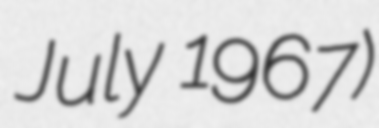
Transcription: July 1967)